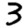
Digit: 3